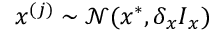
\boldsymbol { x } ^ { ( j ) } \sim \mathcal { N } ( \boldsymbol { x } ^ { * } , \delta _ { x } \boldsymbol { I } _ { x } )